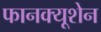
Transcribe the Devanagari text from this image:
फानक्यूशेन